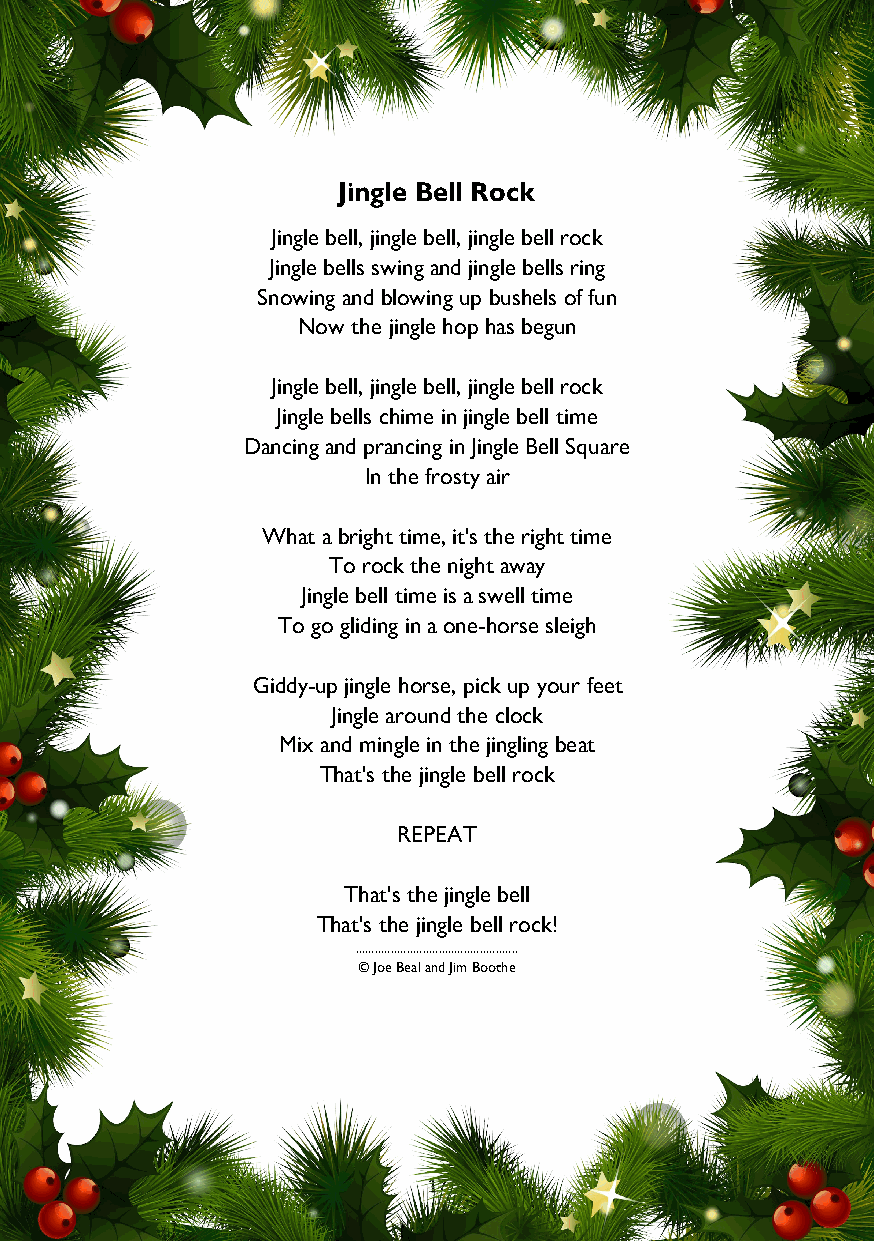
Jingle Bell Rock
 Jingle bell, jingle bell, jingle bell rock
 Jingle bells swing and jingle bells ring
 Snowing and blowing up bushels of fun
 Now the jingle hop has begun
 Jingle bell, jingle bell, jingle bell rock
 Jingle bells chime in jingle bell time
 Dancing and prancing in Jingle Bell Square
 In the frosty air
 What a bright time, it's the right time
 To rock the night away
 Jingle bell time is a swell time
 To go gliding in a one-horse sleigh
 Giddy-up jingle horse, pick up your feet
 Jingle around the clock
 Mix and mingle in the jingling beat
 That's the jingle bell rock
 REPEAT
 That's the jingle bell
 That's the jingle bell rock!
 ...................................................
 © Joe Beal and Jim Boothe
 17